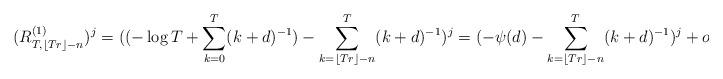
LaTeX: \begin{align*}(R_{T,\left\lfloor Tr\right\rfloor -n}^{(1)})^{j}=((-\log T+\sum_{k=0}^{T}(k+d)^{-1})-\sum_{k=\left\lfloor Tr\right\rfloor -n}^{T}(k+d)^{-1})^{j}=(-\psi(d)-\sum_{k=\left\lfloor Tr\right\rfloor -n}^{T}(k+d)^{-1})^{j}+o(1). \end{align*}